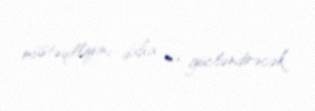
müstəqilliyini daha da gücləndirəcək.